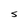
Character: S